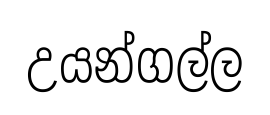
උයන්ගල්ල